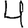
Digit: 4